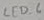
Text: LED_6